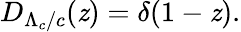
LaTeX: D_{\Lambda_{c}/c}(\mathit{z})=\delta(1-\mathit{z}).